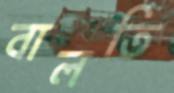
বালতি